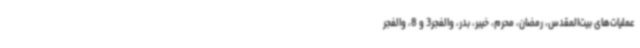
عملیات‌های بیت‌المقدس، رمضان، محرم، خیبر، بدر، والفجر3 و 8، والفجر